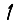
Digit: 1